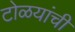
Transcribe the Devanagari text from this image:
टोळयांची